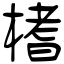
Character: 榰